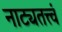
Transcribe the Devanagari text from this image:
नाट्यतत्त्वं